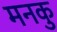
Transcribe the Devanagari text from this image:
मनकु